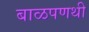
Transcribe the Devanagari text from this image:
बाळपणथी